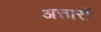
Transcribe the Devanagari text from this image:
अत्तारों